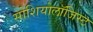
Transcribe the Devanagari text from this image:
सोशियोलॉजिस्ट